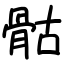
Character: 骷